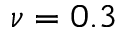
\nu = 0 . 3